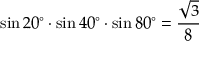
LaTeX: \sin 2 0 ^ { \circ } \cdot \sin 4 0 ^ { \circ } \cdot \sin 8 0 ^ { \circ } = { \frac { \sqrt { 3 } } { 8 } }